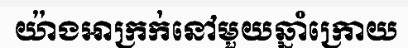
យ៉ាងអាក្រក់នៅមួយឆ្នាំក្រោយ